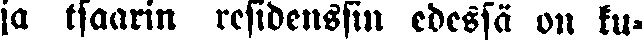
ja tsaarin residenssin edessä on ku-